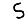
Digit: 5